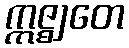
ဣဇ္ဈတေ